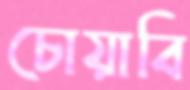
চোয়াবি